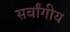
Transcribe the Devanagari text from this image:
सर्वांगीय